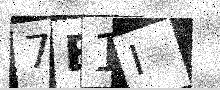
Text: 7B1I